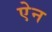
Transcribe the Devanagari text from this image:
एेन